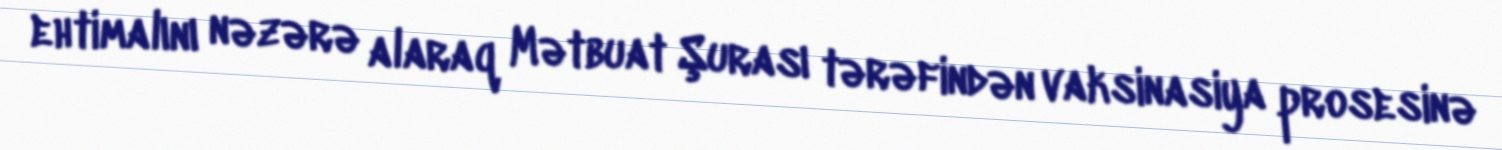
ehtimalını nəzərə alaraq Mətbuat Şurası tərəfindən vaksinasiya prosesinə